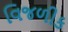
વિજળીક